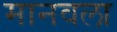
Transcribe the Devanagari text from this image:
मानवला